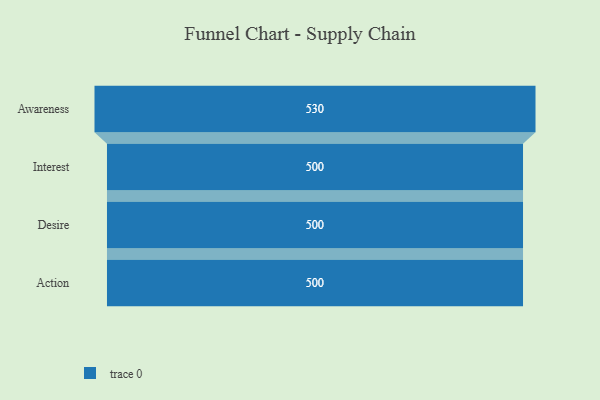
{"axis": {"x": "Stage", "y": "Value"}, "legend": [""], "data": [{"x": "Awareness", "y": 530.0, "type": ""}, {"x": "Interest", "y": 500, "type": ""}, {"x": "Desire", "y": 500, "type": ""}, {"x": "Action", "y": 500, "type": ""}]}